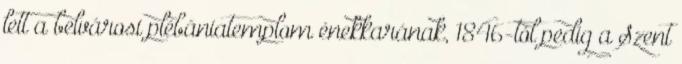
lett a belvárosi plébániatemplom énekkarának, 1846-tól pedig a Szent